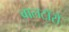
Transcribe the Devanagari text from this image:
बालटॉरो